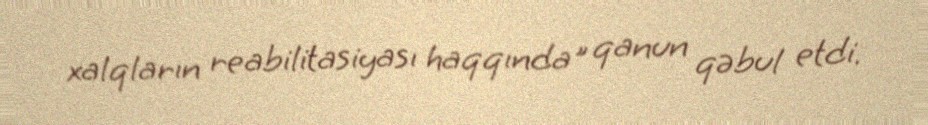
xalqların reabilitasiyası haqqında" qanun qəbul etdi.